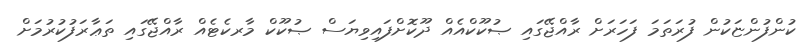
ކުންފުންޏަކުން ފުރަތަމަ ފަހަރަށް ރާއްޖޭގައި ޞުކޫކްއެއް ދޫކޮށްފައިވިޔަސް ޞުކޫކް މާރކެޓެއް ރާއްޖޭގައި ތަޢާރަފުކުރުމަށް